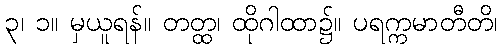
၃၊ ၁။ မှယူရန်။ တတ္ထ၊ ထိုဂါထာ၌။ ပရက္ကမာတီတိ၊